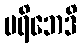
ပရိဘေဒိ